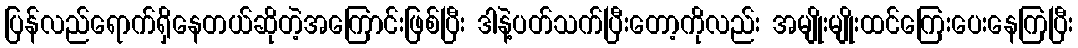
ပြန်လည်ရောက်ရှိနေတယ်ဆိုတဲ့အကြောင်းဖြစ်ပြီး ဒါနဲ့ပတ်သက်ပြီးတော့ကိုလည်း အမျိုးမျိုးထင်ကြေးပေးနေကြပြီး